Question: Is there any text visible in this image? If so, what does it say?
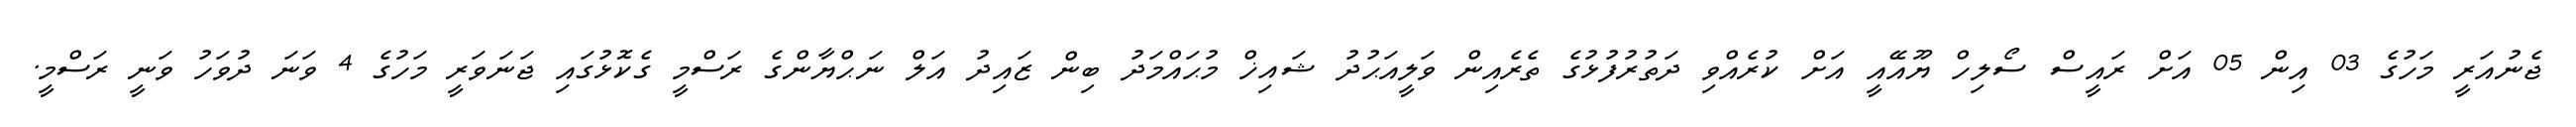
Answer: ޖެނުއަރީ މަހުގެ 03 އިން 05 އަށް ރައީސް ސޯލިހް ޔޫއޭއީ އަށް ކުރެއްވި ދަތުރުފުޅުގެ ތެރެއިން ވަލީއަޙުދު ޝައިޚް މުޙައްމަދު ބިން ޒައިދު އަލް ނަޙްޔާންގެ ރަސްމީ ގެކޮޅުގައި ޖަނަވަރީ މަހުގެ 4 ވަނަ ދުވަހު ވަނީ ރަސްމީ.